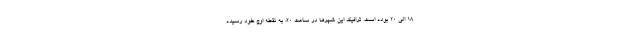
18 الی 20 بوده است. ترافیک این شهرها در ساعت 20، به نقطه اوج خود رسیده